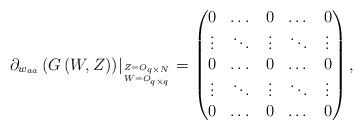
LaTeX: \begin{align*}\left.\partial_{w_{aa}}\left( G\left(W,Z\right)\right)\right\vert_{Z= O_{q\times N} \atop{W= O_{q\times q}}}=\begin{pmatrix} 0& \dots & 0& \dots & 0 \\ \vdots & \ddots & \vdots& \ddots & \vdots \\ 0& \dots & 0& \dots & 0 \\ \vdots & \ddots & \vdots & \ddots & \vdots \\ 0& \dots & 0 & \dots & 0 \end{pmatrix}, \end{align*}